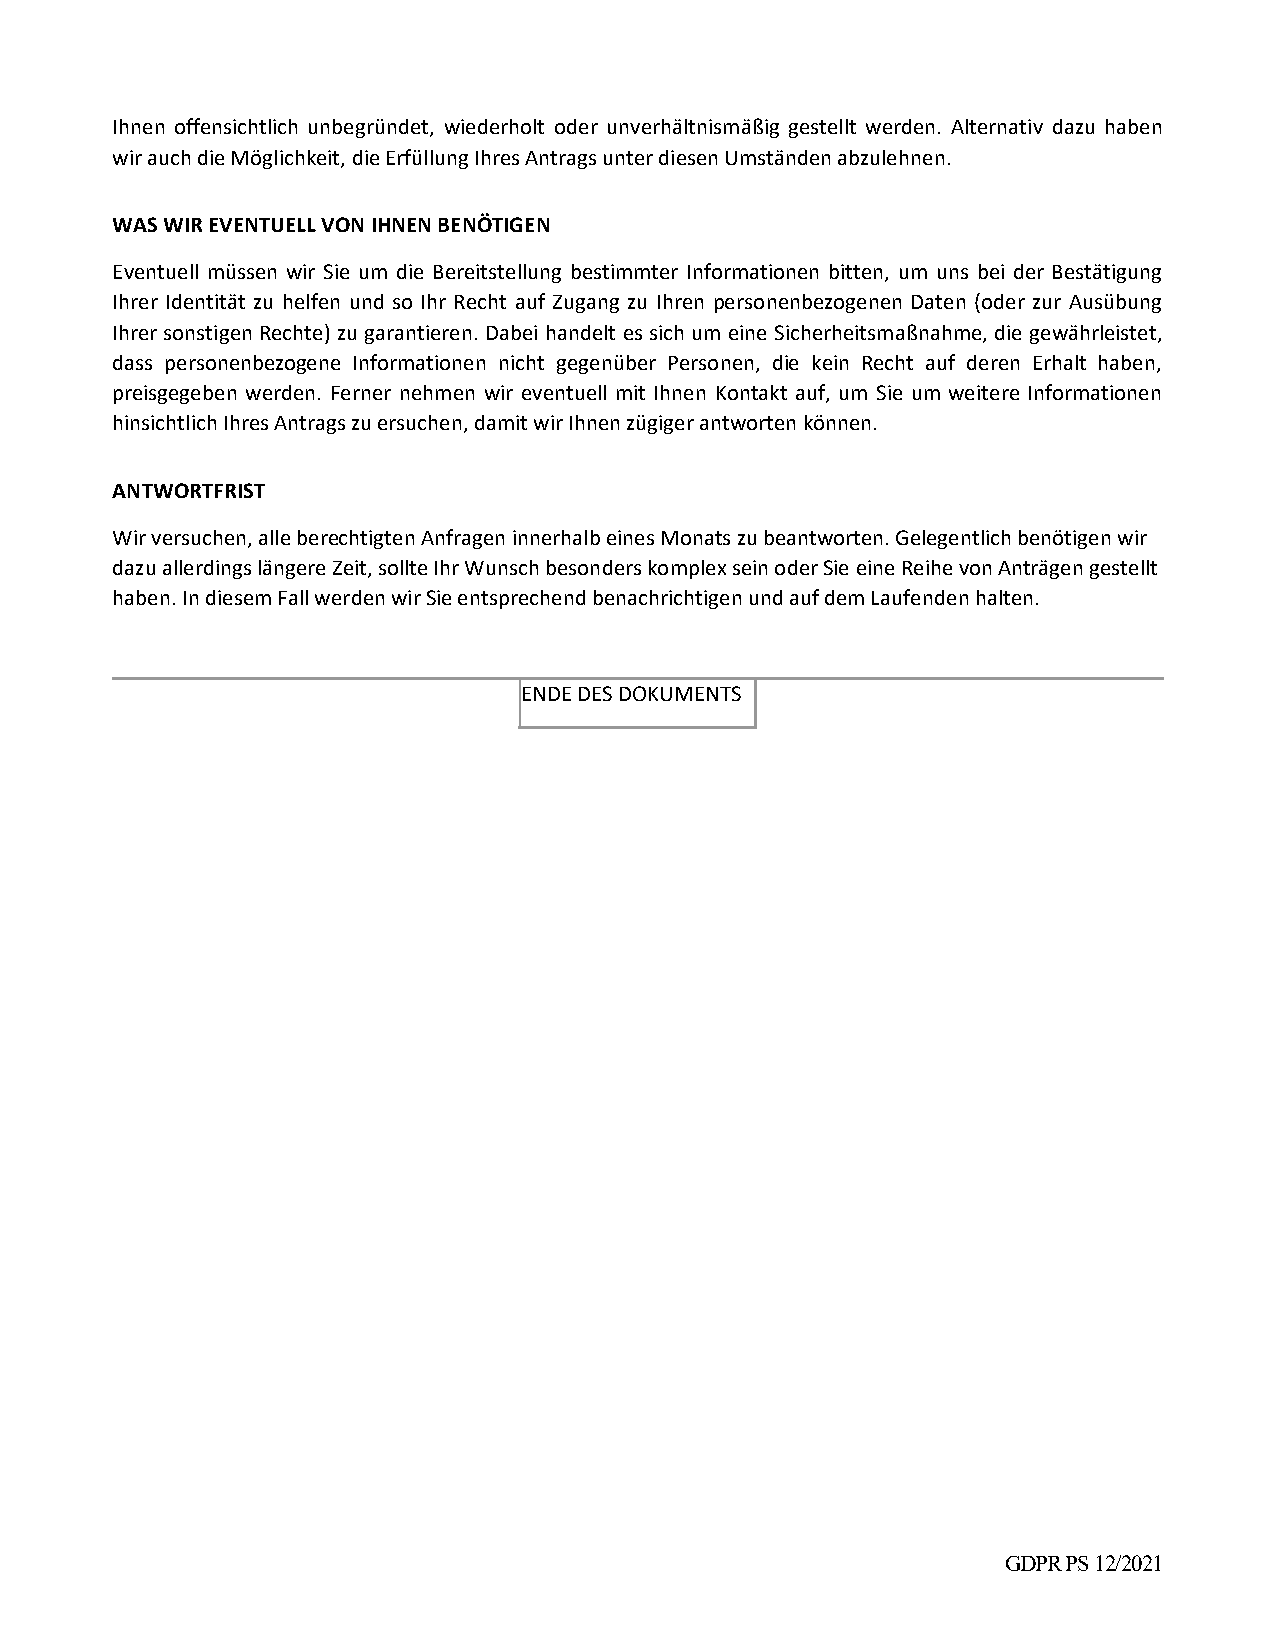
Ihnen offensichtlich unbegründet, wiederholt oder unverhältnismäßig gestellt werden. Alternativ dazu haben
 wir auch die Möglichkeit, die Erfüllung Ihres Antrags unter diesen Umständen abzulehnen.
 WAS WIR EVENTUELL VON IHNEN BENÖTIGEN
 Eventuell müssen wir Sie um die Bereitstellung bestimmter Informationen bitten, um uns bei der Bestätigung
 Ihrer Identität zu helfen und so Ihr Recht auf Zugang zu Ihren personenbezogenen Daten (oder zur Ausübung
 Ihrer sonstigen Rechte) zu garantieren. Dabei handelt es sich um eine Sicherheitsmaßnahme, die gewährleistet,
 dass personenbezogene Informationen nicht gegenüber Personen, die kein Recht auf deren Erhalt haben,
 preisgegeben werden. Ferner nehmen wir eventuell mit Ihnen Kontakt auf, um Sie um weitere Informationen
 hinsichtlich Ihres Antrags zu ersuchen, damit wir Ihnen zügiger antworten können.
 ANTWORTFRIST
 Wir versuchen, alle berechtigten Anfragen innerhalb eines Monats zu beantworten. Gelegentlich benötigen wir
 dazu allerdings längere Zeit, sollte Ihr Wunsch besonders komplex sein oder Sie eine Reihe von Anträgen gestellt
 haben. In diesem Fall werden wir Sie entsprechend benachrichtigen und auf dem Laufenden halten.
 ENDE DES DOKUMENTS
 GDPR PS 12/2021